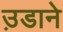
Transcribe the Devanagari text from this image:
उ़डाने